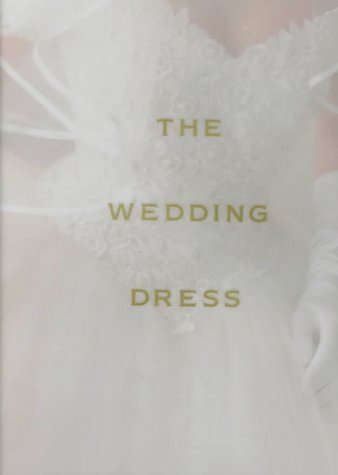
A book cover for The Wedding Dress; Maria McBride-Mellinger; Crafts, Hobbies & Home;